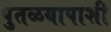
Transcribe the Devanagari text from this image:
पुतळयापाशी